Report of the Indian Hemp Drugs Commission, 1894-1895 - Volume VI
Year: 1894
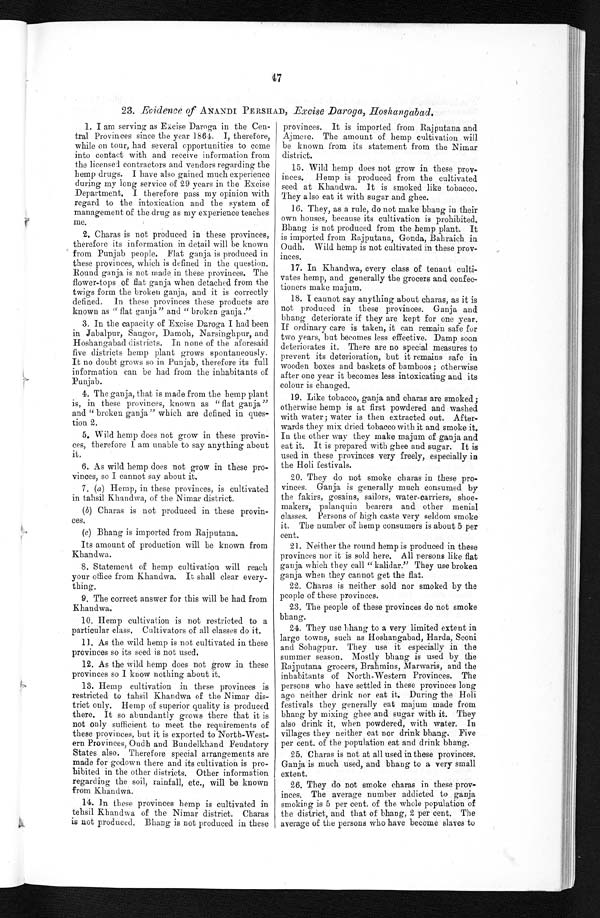
47
23. Evidence of ANANDI PERSHAD, Excise Daroga, Hoshangabad.
1. I am serving as Excise Daroga in the Cen-
tral Provinces since the year 1864. I, therefore,
while on tour, had several opportunities to come
into contact with and receive information from
the licensed contractors and vendors regarding the
hemp drugs. I have also gained much experience
during my long service of 29 years in the Excise
Department. I therefore pass my opinion with
regard to the intoxication and the system of
management of the drug as my experience teaches
me.
2. Charas is not produced in these provinces,
therefore its information in detail will be known
from Punjab people. Flat ganja is produced in
these provinces, which is defined in the question.
Round ganja is not made in these provinces. The
flower-tops of flat ganja when detached from the
twigs form the broken ganja, and it is correctly
defined. In these provinces these products are
known as " flat ganja" and " broken ganja."
3. In the capacity of Excise Daroga I had been
in Jabalpur, Saugor, Damoh, Narsinghpur, and
Hoshangabad districts, In none of the aforesaid
five districts hemp plant grows spontaneously.
It no doubt grows so in Punjab, therefore its full
information can be had from the inhabitants of
Punjab.
4. The ganja, that is made from the hemp plant
is, in these provinces, known as " flat ganja "
and " broken ganja " which are defined in ques-
tion 2.
5. Wild hemp does not grow in these provin-
ces, therefore I am unable to say anything about
it.
6. As wild hemp does not grow in these pro-
vinces, so I cannot say about it.
7. (a) Hemp, in these provinces, is cultivated
in tahsil Khandwa, of the Nimar district.
(b) Charas is not produced in these provin-
ces.
(c) Bhang is imported from Rajputana.
Its amount of production will be known from
Khandwa.
8. Statement of hemp cultivation will reach
your office from Khandwa. It shall clear every-
thing.
9. The correct answer for this will be had from
Khandwa.
10. Hemp cultivation is not restricted to a
particular class. Cultivators of all classes do it.
11. As the wild hemp is not cultivated in these
provinces so its seed is not used.
12. As the wild hemp does not grow in these
provinces so I know nothing about it.
13. Hemp cultivation in these provinces is
restricted to tahsil Khandwa of the Nimar dis-
trict only. Hemp of superior quality is produced
there. It so abundantly grows there that it is
not only sufficient to meet the requirements of
these provinces, but it is exported to North-West-
ern Provinces, Oudh and Bundelkhand Feudatory
States also. Therefore special arrangements are
made for godown there and its cultivation is pro-
hibited in the other districts, Other information
regarding the soil, rainfall, etc., will be known
from Khandwa.
14. In these provinces hemp is cultivated in
tehsil Khandwa of the Nimar district. Charas
is not produced. Bhang is not produced in these
provinces. It is imported from Rajputana and
Ajmere. The amount of hemp cultivation will
be known from its statement from the Nimar
district.
15. Wild hemp does not grow in these prov-
inces. Hemp is produced from the cultivated
seed at Khandwa. It is smoked like tobacco.
They also eat it with sugar and ghee.
16. They, as a rule, do not make bhang in their
own houses, because its cultivation is prohibited.
Bhang is not produced from the hemp plant. It
is imported from Rajputana, Gonda, Bahraich in
Oudh. Wild hemp is not cultivated in these prov-
inces.
17. In Khandwa, every class of tenant culti-
vates hemp, and generally the grocers and confec-
tioners make majum.
18. I cannot say anything about charas, as it is
not produced in these provinces. Ganja and
bhang deteriorate if they are kept for one year.
If ordinary care is taken, it can remain safe for
two years, but becomes less effective. Damp soon
deteriorates it. There are no special measures to
prevent its deterioration, but it remains safe in
wooden boxes and baskets of bamboos ; otherwise
after one year it becomes less intoxicating and its
colour is changed.
19. Like tobacco, ganja and charas are smoked;
otherwise hemp is at first powdered and washed
with water ; water is then extracted out. After-
wards they mix dried tobacco with it and smoke it.
In the other way they make majum of ganja and
eat it. It is prepared with ghee and sugar. It is
used in these provinces very freely, especially in
the Holi festivals.
20. They do not smoke charas in these pro-
vinces. Ganja is generally much consumed by
the fakirs, gosains, sailors, water-carriers, shoe-
makers, palanquin bearers and other menial
classes. Persons of high caste very seldom smoke
it. The number of hemp consumers is about 5 per
cent.
21. Neither the round hemp is produced in these
provinces nor it is sold here. All persons like flat
ganja which they call " kalidar." They use broken
ganja when they cannot get the flat.
22. Charas is neither sold nor smoked by the
people of these provinces.
23. The people of these provinces do not smoke
bhang.
24. They use bhang to a very limited extent in
large towns, such as Hoshangabad, Harda, Seoni
and Sohagpur. They use it especially in the
summer season. Mostly bhang is used by the
Rajputana grocers, Brahmins, Marwaris, and the
inhabitants of North-Western Provinces. The
persons who have settled in these provinces long
ago neither drink nor eat it. During the Holi
festivals they generally eat majum made from
bhang by mixing ghee and sugar with it. They
also drink it, when powdered, with water. In
villages they neither eat nor drink bhang. Five
per cent. of the population eat and drink bhang.
25. Charas is not at all used in these provinces.
Ganja is much used, and bhang to a very small
extent.
26. They do not smoke charas in these prov-
inces. The average number addicted to ganja
smoking is 5 per cent. of the whole population of
the district, and that of bhang, 2 per cent. The
average of the persons who have become slaves to